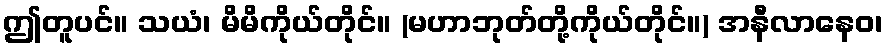
ဤတူပင်။ သယံ၊ မိမိကိုယ်တိုင်။ (မဟာဘုတ်တို့ကိုယ်တိုင်။) အနီလာနေဝ၊